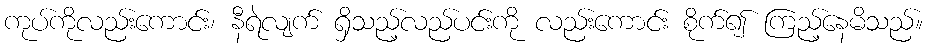
ကုပ်ကိုလည်းကောင်း၊ နီရဲလျက် ရှိသည့်လည်ပင်းကို လည်းကောင်း စိုက်၍ ကြည့်နေမိသည်။